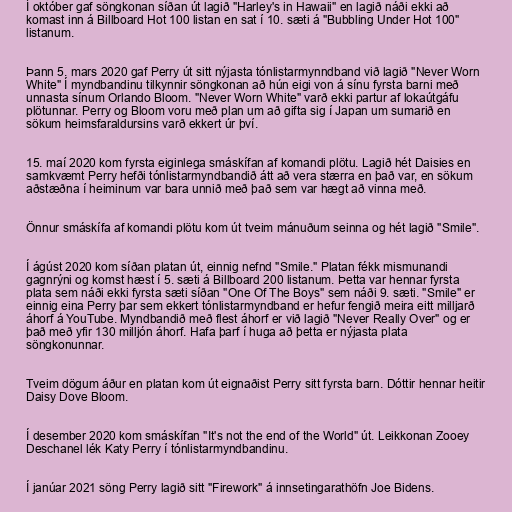
Í október gaf söngkonan síðan út lagið "Harley's in Hawaii" en lagið náði ekki að
komast inn á Billboard Hot 100 listan en sat í 10. sæti á "Bubbling Under Hot 100"
listanum.

Þann 5. mars 2020 gaf Perry út sitt nýjasta tónlistarmynndband við lagið "Never Worn
White" Í myndbandinu tilkynnir söngkonan að hún eigi von á sínu fyrsta barni með
unnasta sínum Orlando Bloom. "Never Worn White" varð ekki partur af lokaútgáfu
plötunnar. Perry og Bloom voru með plan um að gifta sig í Japan um sumarið en
sökum heimsfaraldursins varð ekkert úr því.

15. maí 2020 kom fyrsta eiginlega smáskífan af komandi plötu. Lagið hét Daisies en
samkvæmt Perry hefði tónlistarmyndbandið átt að vera stærra en það var, en sökum
aðstæðna í heiminum var bara unnið með það sem var hægt að vinna með.

Önnur smáskífa af komandi plötu kom út tveim mánuðum seinna og hét lagið "Smile".

Í ágúst 2020 kom síðan platan út, einnig nefnd "Smile." Platan fékk mismunandi
gagnrýni og komst hæst í 5. sæti á Billboard 200 listanum. Þetta var hennar fyrsta
plata sem náði ekki fyrsta sæti síðan "One Of The Boys" sem náði 9. sæti. "Smile" er
einnig eina Perry þar sem ekkert tónlistarmyndband er hefur fengið meira eitt milljarð
áhorf á YouTube. Myndbandið með flest áhorf er við lagið "Never Really Over" og er
það með yfir 130 milljón áhorf. Hafa þarf í huga að þetta er nýjasta plata
söngkonunnar.

Tveim dögum áður en platan kom út eignaðist Perry sitt fyrsta barn. Dóttir hennar heitir
Daisy Dove Bloom.

Í desember 2020 kom smáskífan "It's not the end of the World" út. Leikkonan Zooey
Deschanel lék Katy Perry í tónlistarmyndbandinu.

Í janúar 2021 söng Perry lagið sitt "Firework" á innsetingarathöfn Joe Bidens.